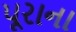
પૂરાના